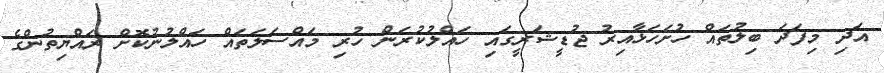
އަދި މިފަދަ ބިލުތައް ހުށަހަޅާއިރު ޖުޑީޝަރީގައި ހައްލުކުރަން ހުރި މައްސަލަތައް ހައްލުނުކޮށް ރައްޔިތުންގެ